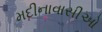
મદીનાવાસીઓ